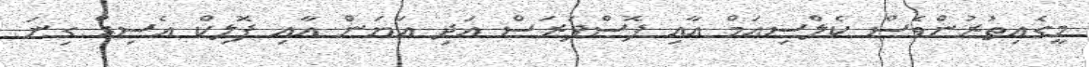
މީގެއިތުރުންވެސް ކެލްސިއަމް އާއި ފޮސްފަރަސް އަދި އަޔަން އާއި ފޮލިކް އެސިޑް ގިނަ